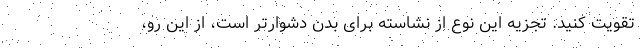
تقویت کنید. تجزیه این نوع از نشاسته برای بدن دشوارتر است، از این رو،